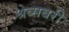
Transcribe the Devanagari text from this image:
श्रेव्सबरी